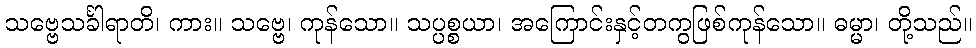
သဗ္ဗေသင်္ခါရာတိ၊ ကား။ သဗ္ဗေ၊ ကုန်သော။ သပ္ပစ္စယာ၊ အကြောင်းနှင့်တကွဖြစ်ကုန်သော။ ဓမ္မာ၊ တို့သည်။